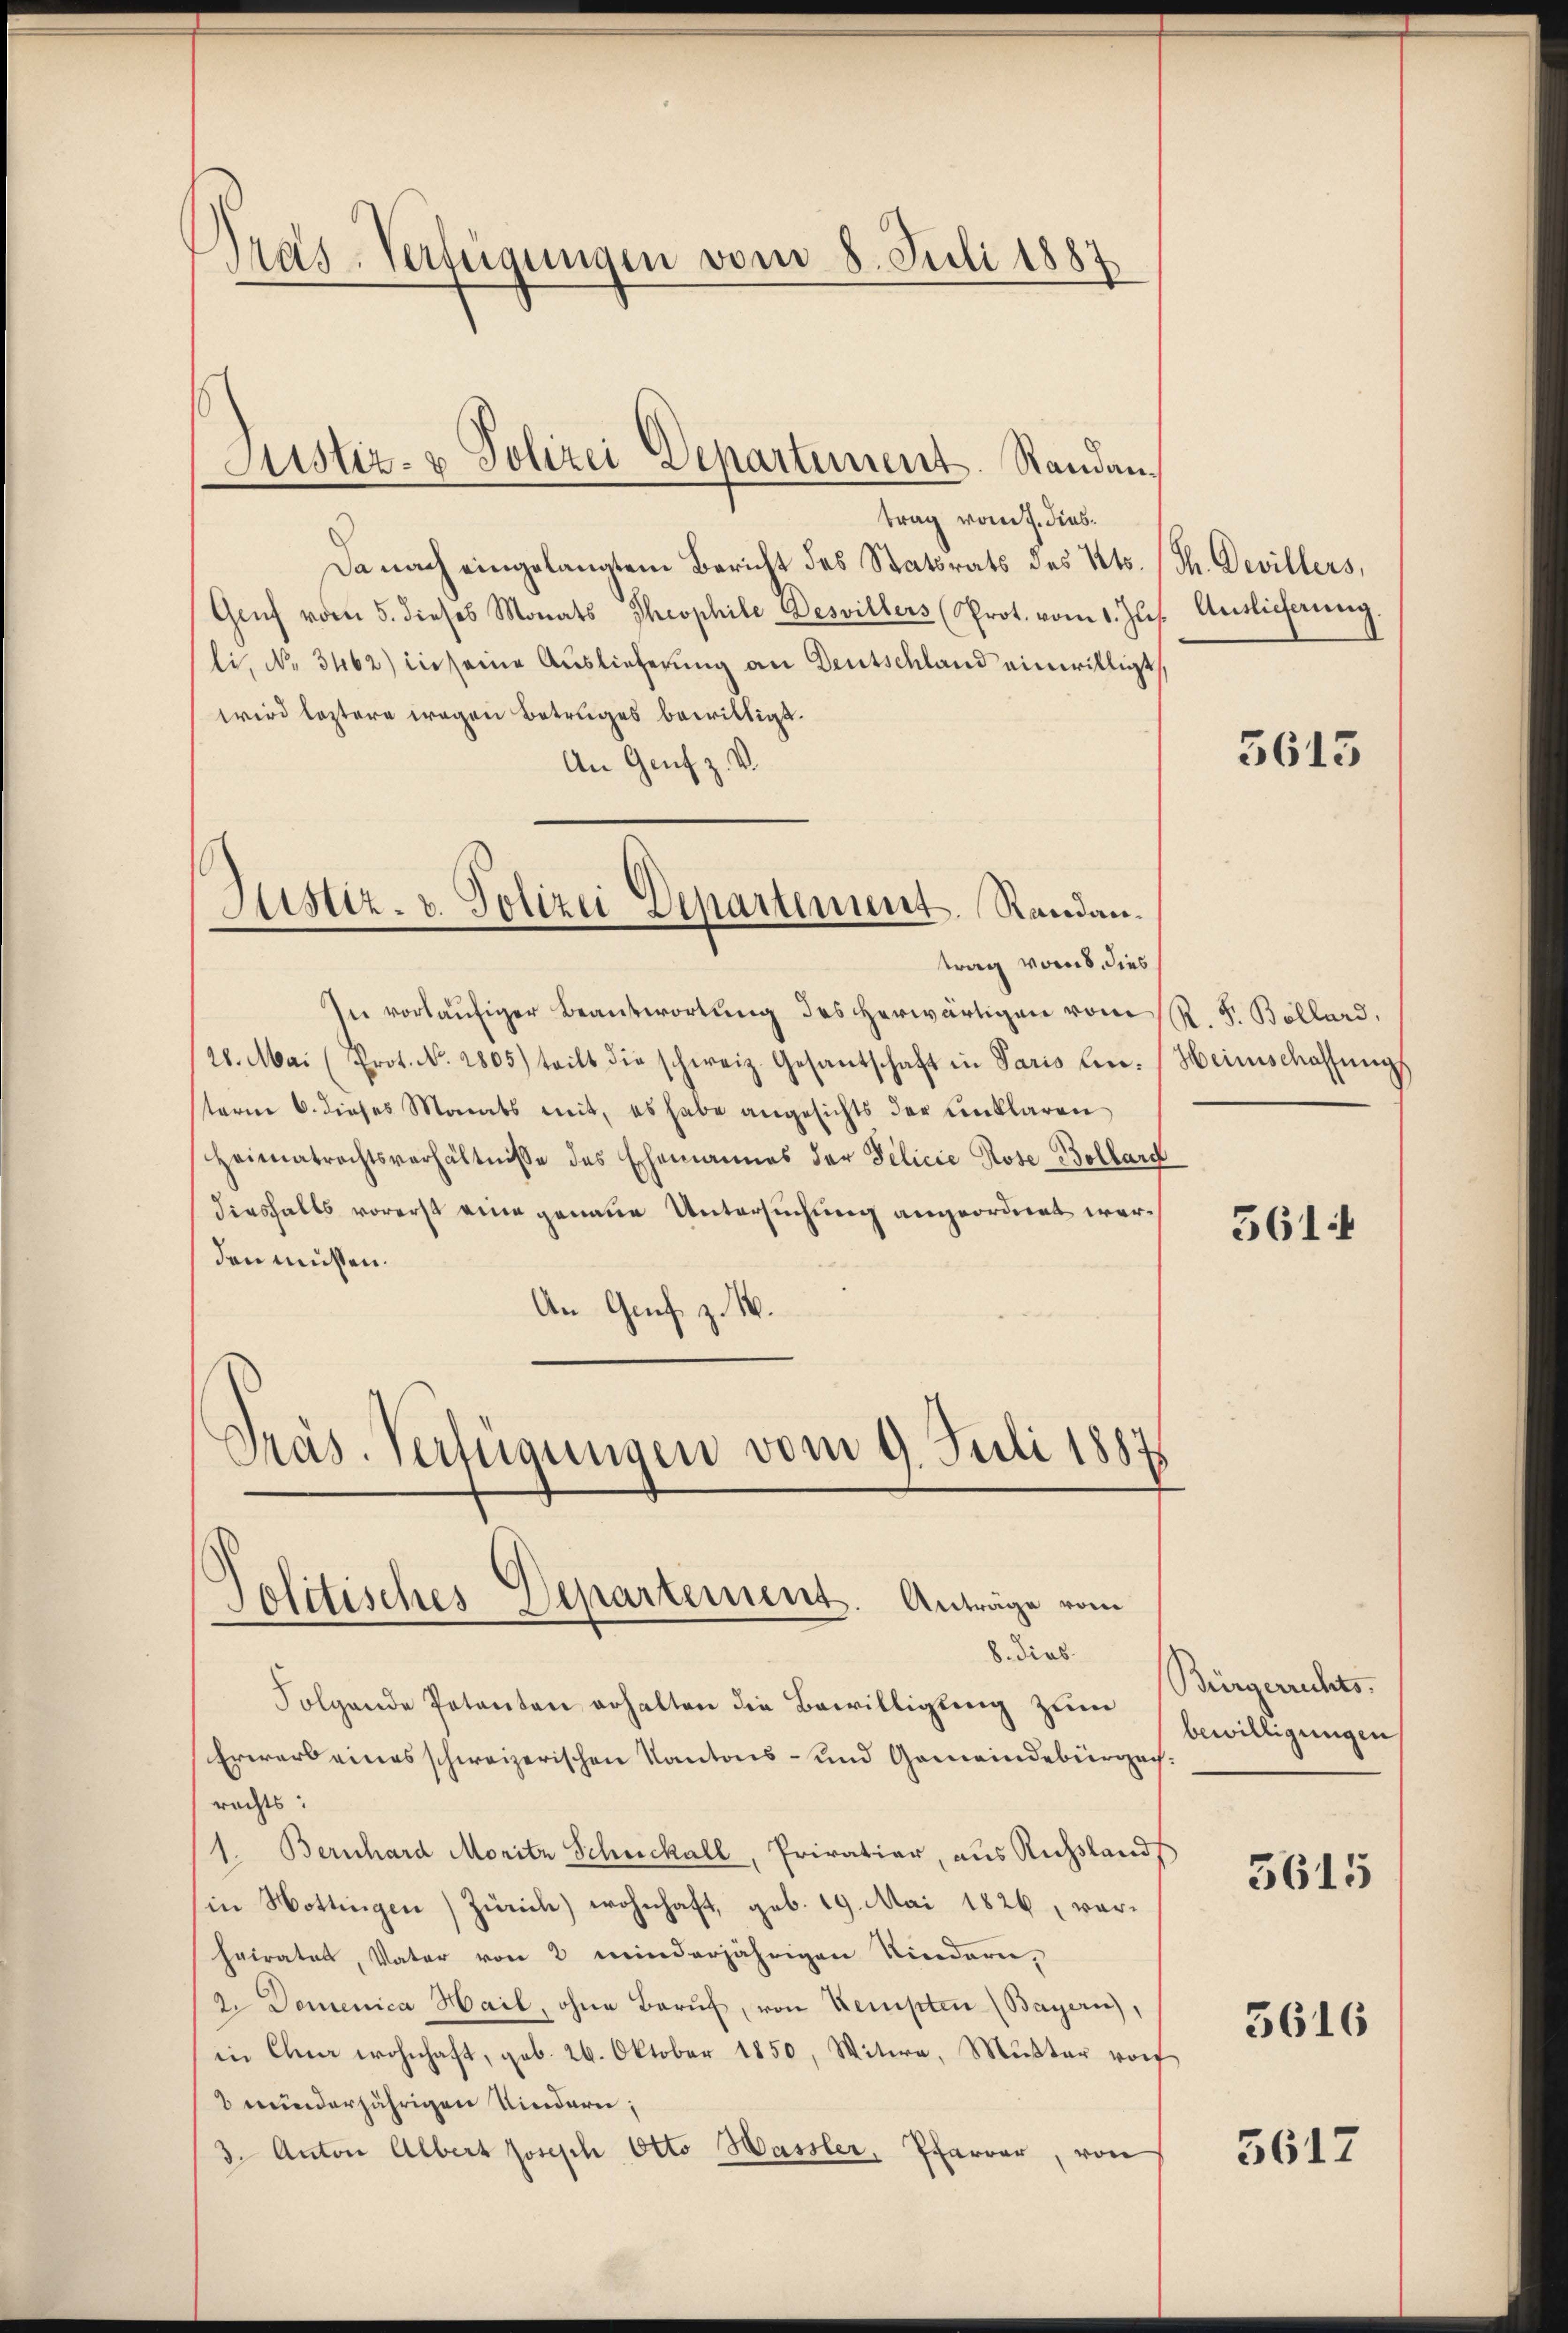
Pras-Verfügungen vom 8. Juli 1887

trag vom 7. dies
Da nach eingelangtem Bericht des Statsrats des Kts. (Th. Devillers,
Grŭf vom 5. dieses Monats Theophile Desvillers (Prot. vom 1. Jŭs. Auslicherŭng.
li, No 3462) in seine Auslieferung an Deutschland einwilligt
wird leztere wegen Betruges bewilligt.
An Genf z. V.
In vorläufiger Beantwortung des herwärtigen vom R. F. Bollard,
28. Mai (Prot. No. 2805) teilt die schweiz. Gesantschaft in Paris hin-
term 6. dieses Monats mit, es habe angesichts der unklaren
Heimatrechtsverhältnisse des Ehemannes der Felicie Rose Bollard
diesfalls vorerst eine genaue Untersuchung angeordnet werden müssen.
An Genf z. B.
Präs. Verfügungen vom 9. Juli 1887

Justiz- & Polizei Departement. Standan¬

Justiz- u. Polizei Departement. Randantrag vom 8. dies

Politisches Departement. Anträge vom
8. dies

Folgende Petenten erhalten die Bewilligung zum
Erwarb eines schweizerischen Kantons- und Gemeindebürgerrechts:
1. Bernhard Moritz Schuckall, Privatier, aus Rechslands
in Hottingen) Zürich) wohnhaft, geb. 19. Mai 1826, verheirates, Vater von 2 minderjährigen Kindern,
2. Domenica Hail, ohne Beruf, von Kempten (Bayern),
in Chur wohnhaft, geb. 26. Oktober 1850, Witwe, Muster vor
2 wunderjährigen Kindern;
3. Anton Albert Joseph Otto Hassler, Pfarrer, von

5613

Heinschaffung

561

Bürgerrechts.
bewilligungen

5615

3616

5612